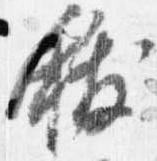
祓